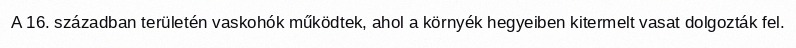
A 16. században területén vaskohók működtek, ahol a környék hegyeiben kitermelt vasat dolgozták fel.